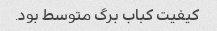
کیفیت کباب برگ متوسط بود.